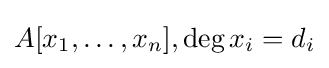
A[x_{1},\dots ,x_{n}],\deg x_{i}=d_{i}